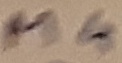
Text: M4